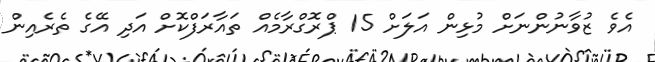
އެވެ ޒުވާނުންނަށް މުޅިން އަލަށް 15 ޕްރޮގްރާމެއް ތައާރަފްކޮށް އަދި އޭގެ ތެރެއިން